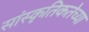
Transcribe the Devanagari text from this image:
सांस्कृतिकतेच्या